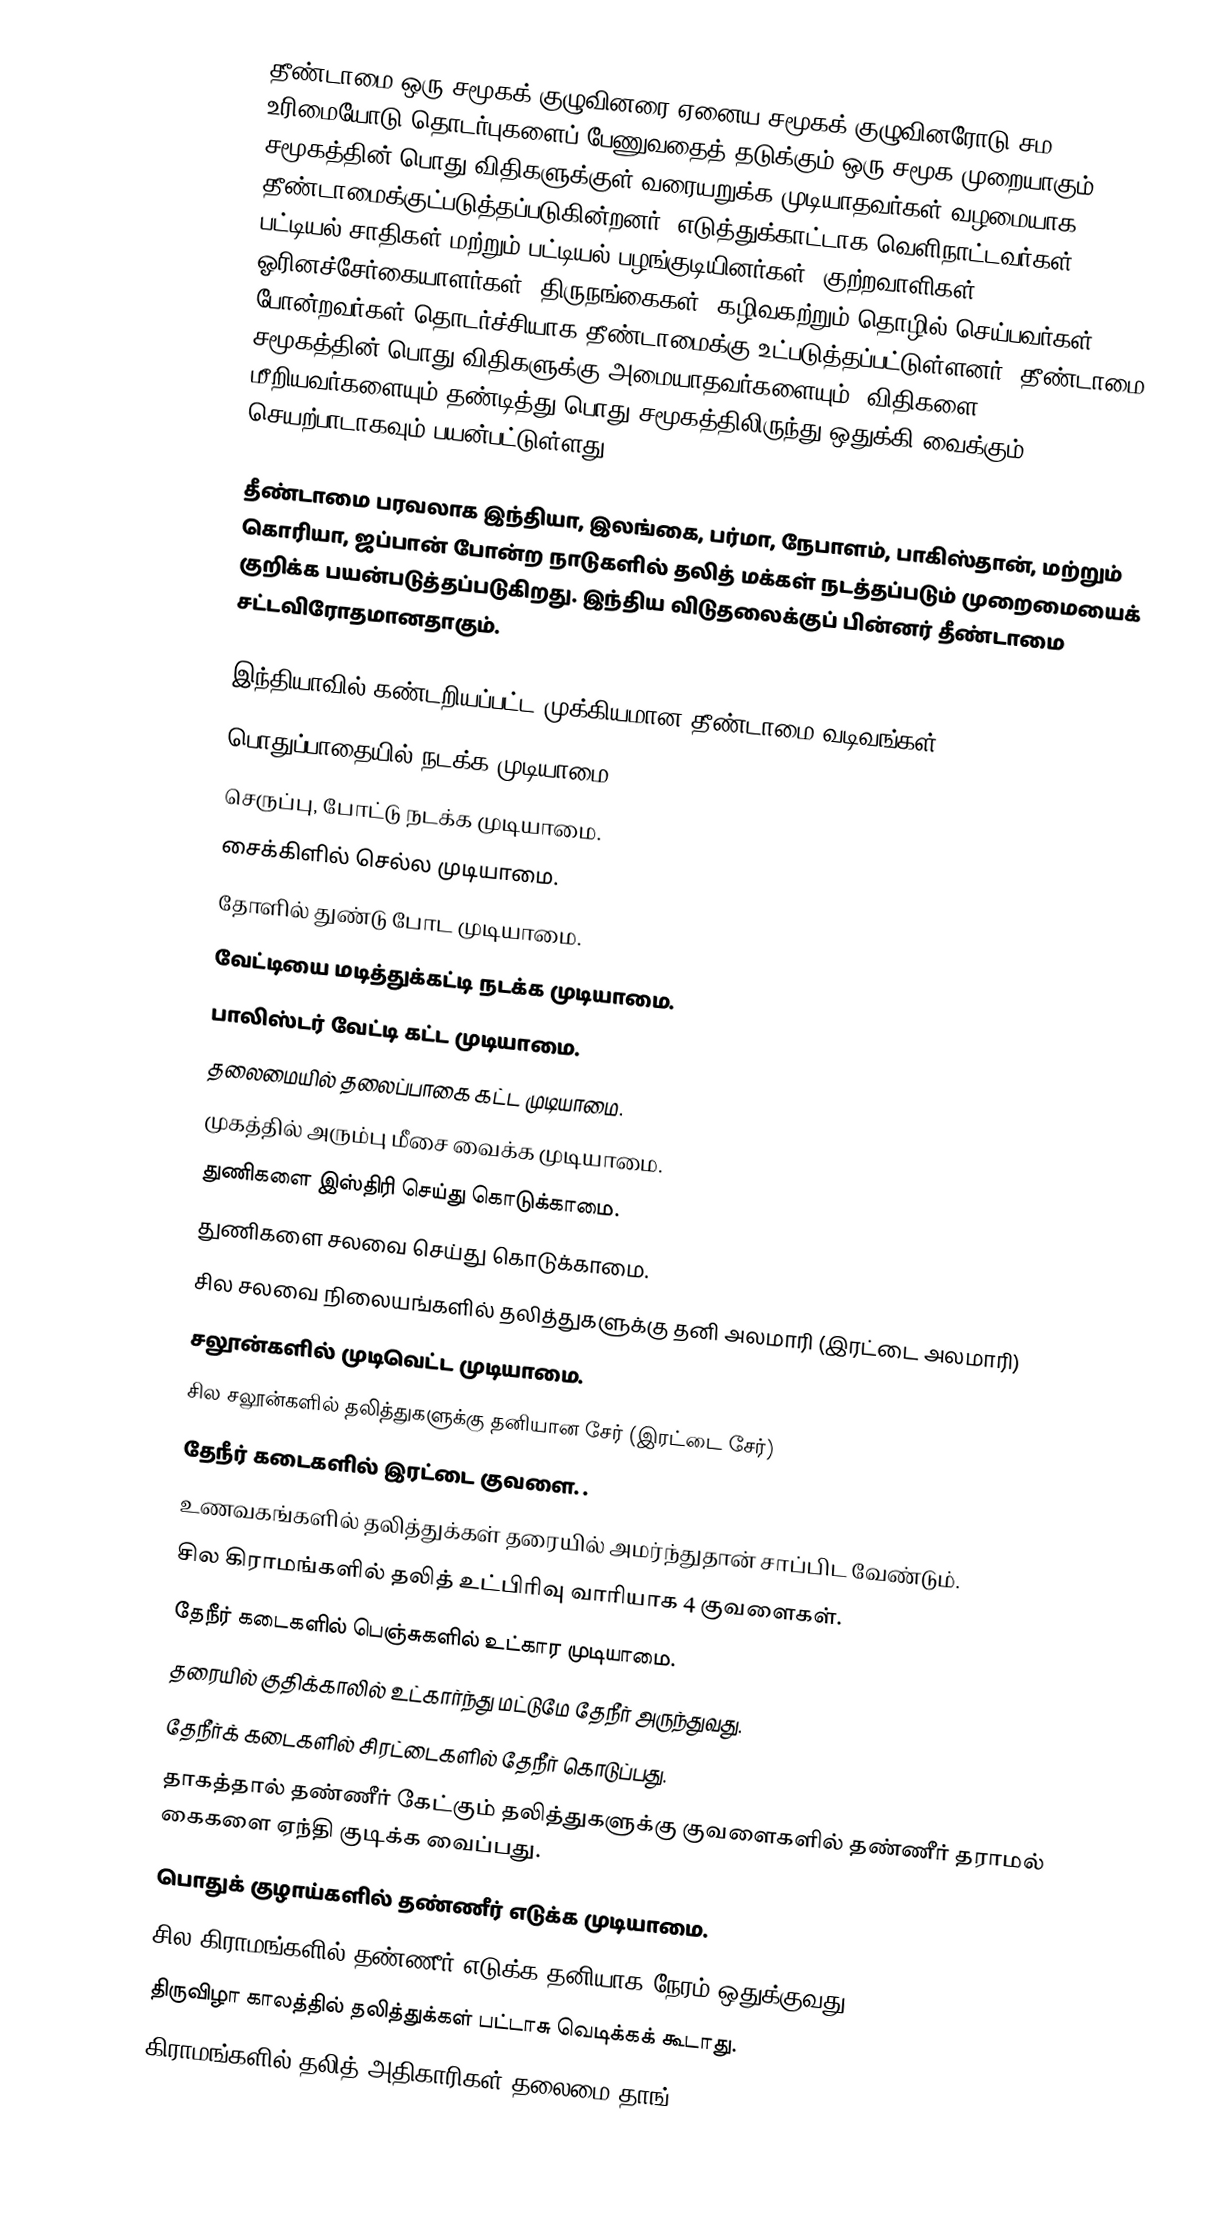
தீண்டாமை ஒரு சமூகக் குழுவினரை ஏனைய சமூகக் குழுவினரோடு சம உரிமையோடு தொடர்புகளைப் பேணுவதைத் தடுக்கும் ஒரு சமூக முறையாகும். சமூகத்தின் பொது விதிகளுக்குள் வரையறுக்க முடியாதவர்கள் வழமையாக தீண்டாமைக்குட்படுத்தப்படுகின்றனர். எடுத்துக்காட்டாக வெளிநாட்டவர்கள், பட்டியல் சாதிகள் மற்றும் பட்டியல் பழங்குடியினர்கள், குற்றவாளிகள், ஓரினச்சேர்கையாளர்கள், திருநங்கைகள், கழிவகற்றும் தொழில் செய்பவர்கள் போன்றவர்கள் தொடர்ச்சியாக தீண்டாமைக்கு உட்படுத்தப்பட்டுள்ளனர். தீண்டாமை சமூகத்தின் பொது விதிகளுக்கு அமையாதவர்களையும், விதிகளை மீறியவர்களையும் தண்டித்து பொது சமூகத்திலிருந்து ஒதுக்கி வைக்கும் செயற்பாடாகவும் பயன்பட்டுள்ளது.

தீண்டாமை பரவலாக இந்தியா, இலங்கை, பர்மா, நேபாளம், பாகிஸ்தான், மற்றும்  கொரியா, ஜப்பான்  போன்ற நாடுகளில் தலித் மக்கள் நடத்தப்படும் முறைமையைக் குறிக்க பயன்படுத்தப்படுகிறது. இந்திய விடுதலைக்குப் பின்னர் தீண்டாமை சட்டவிரோதமானதாகும்.

இந்தியாவில் கண்டறியப்பட்ட முக்கியமான தீண்டாமை வடிவங்கள்
 பொதுப்பாதையில் நடக்க முடியாமை.
 செருப்பு, போட்டு நடக்க முடியாமை.
 சைக்கிளில் செல்ல முடியாமை.
 தோளில் துண்டு போட முடியாமை.
 வேட்டியை மடித்துக்கட்டி நடக்க முடியாமை.
 பாலிஸ்டர் வேட்டி கட்ட முடியாமை.
 தலைமையில் தலைப்பாகை கட்ட முடியாமை.
 முகத்தில் அரும்பு மீசை வைக்க முடியாமை.
 துணிகளை இஸ்திரி செய்து கொடுக்காமை.
 துணிகளை சலவை செய்து கொடுக்காமை.
 சில சலவை நிலையங்களில் தலித்துகளுக்கு தனி அலமாரி (இரட்டை அலமாரி)
 சலூன்களில் முடிவெட்ட முடியாமை.
 சில சலூன்களில் தலித்துகளுக்கு தனியான சேர் (இரட்டை சேர்)
 தேநீர் கடைகளில் இரட்டை குவளை. .
 உணவகங்களில் தலித்துக்கள் தரையில் அமர்ந்துதான் சாப்பிட வேண்டும்.
 சில கிராமங்களில் தலித் உட்பிரிவு வாரியாக 4 குவளைகள்.
 தேநீர் கடைகளில் பெஞ்சுகளில் உட்கார முடியாமை.
 தரையில் குதிக்காலில் உட்கார்ந்து மட்டுமே தேநீர் அருந்துவது.
 தேநீர்க் கடைகளில் சிரட்டைகளில் தேநீர் கொடுப்பது.
 தாகத்தால் தண்ணீர் கேட்கும் தலித்துகளுக்கு குவளைகளில் தண்ணீர் தராமல் கைகளை ஏந்தி குடிக்க வைப்பது.
 பொதுக் குழாய்களில் தண்ணீர் எடுக்க முடியாமை.
 சில கிராமங்களில் தண்ணீர் எடுக்க தனியாக நேரம் ஒதுக்குவது
 திருவிழா காலத்தில் தலித்துக்கள் பட்டாசு வெடிக்கக் கூடாது.
 கிராமங்களில் தலித் அதிகாரிகள் தலைமை தாங்